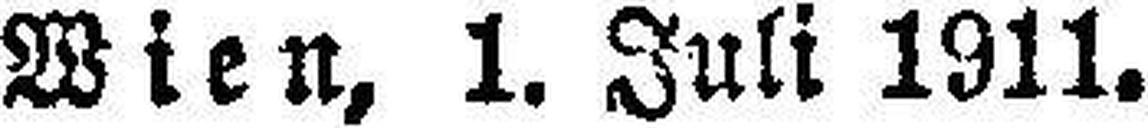
Wien, 1. Juli 1911.